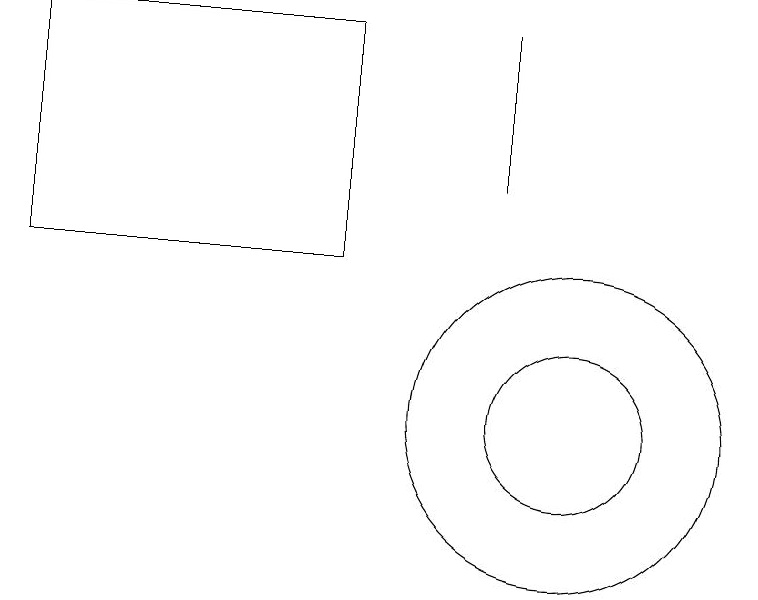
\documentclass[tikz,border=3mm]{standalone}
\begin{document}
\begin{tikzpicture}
\draw (10,11) circle (1);
\draw (9,16) rectangle (9,14);
\draw (3,13) rectangle (7,16);
\draw (10,11) circle (2);
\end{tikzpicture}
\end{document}